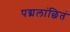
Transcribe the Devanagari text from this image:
पद्मलांछितं